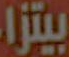
بيتزا